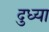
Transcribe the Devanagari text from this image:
दुध्या